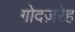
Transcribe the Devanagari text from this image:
गोदज़रेह